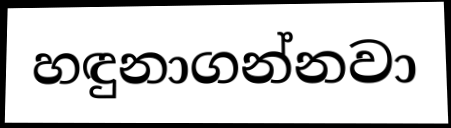
හඳුනාගන්නවා